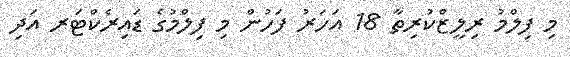
މި ފިލްމު ރިލީޒްކުރިތާ 18 އަހަރު ފަހުން މި ފިލްމުގެ ޑައިރެކްޓަރ އަދި